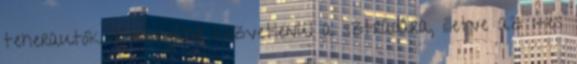
teherautók a bányából közvetlenül a sztrádára, illetve az 1-es